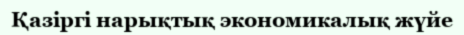
Қазіргі нарықтық экономикалық жүйе